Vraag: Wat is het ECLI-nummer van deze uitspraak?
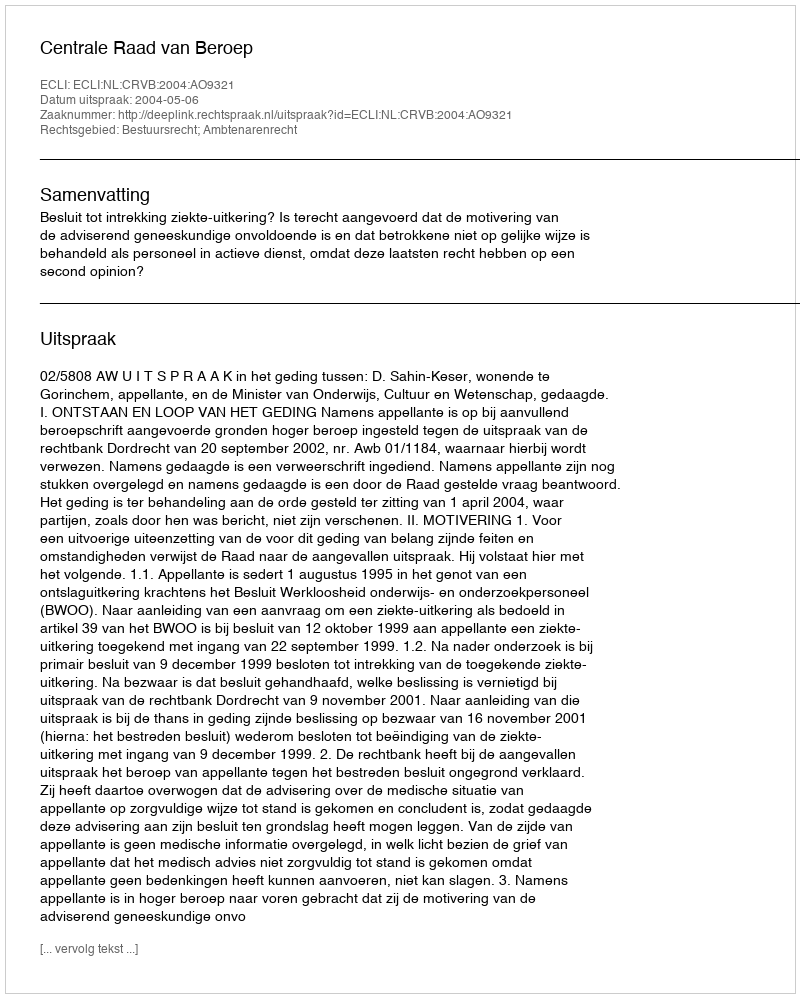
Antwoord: ECLI:NL:CRVB:2004:AO9321